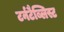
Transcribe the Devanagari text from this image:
टर्नटैब्लिस्ट